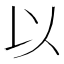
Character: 以